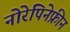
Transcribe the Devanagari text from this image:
नोरेपिनेफ्रीन